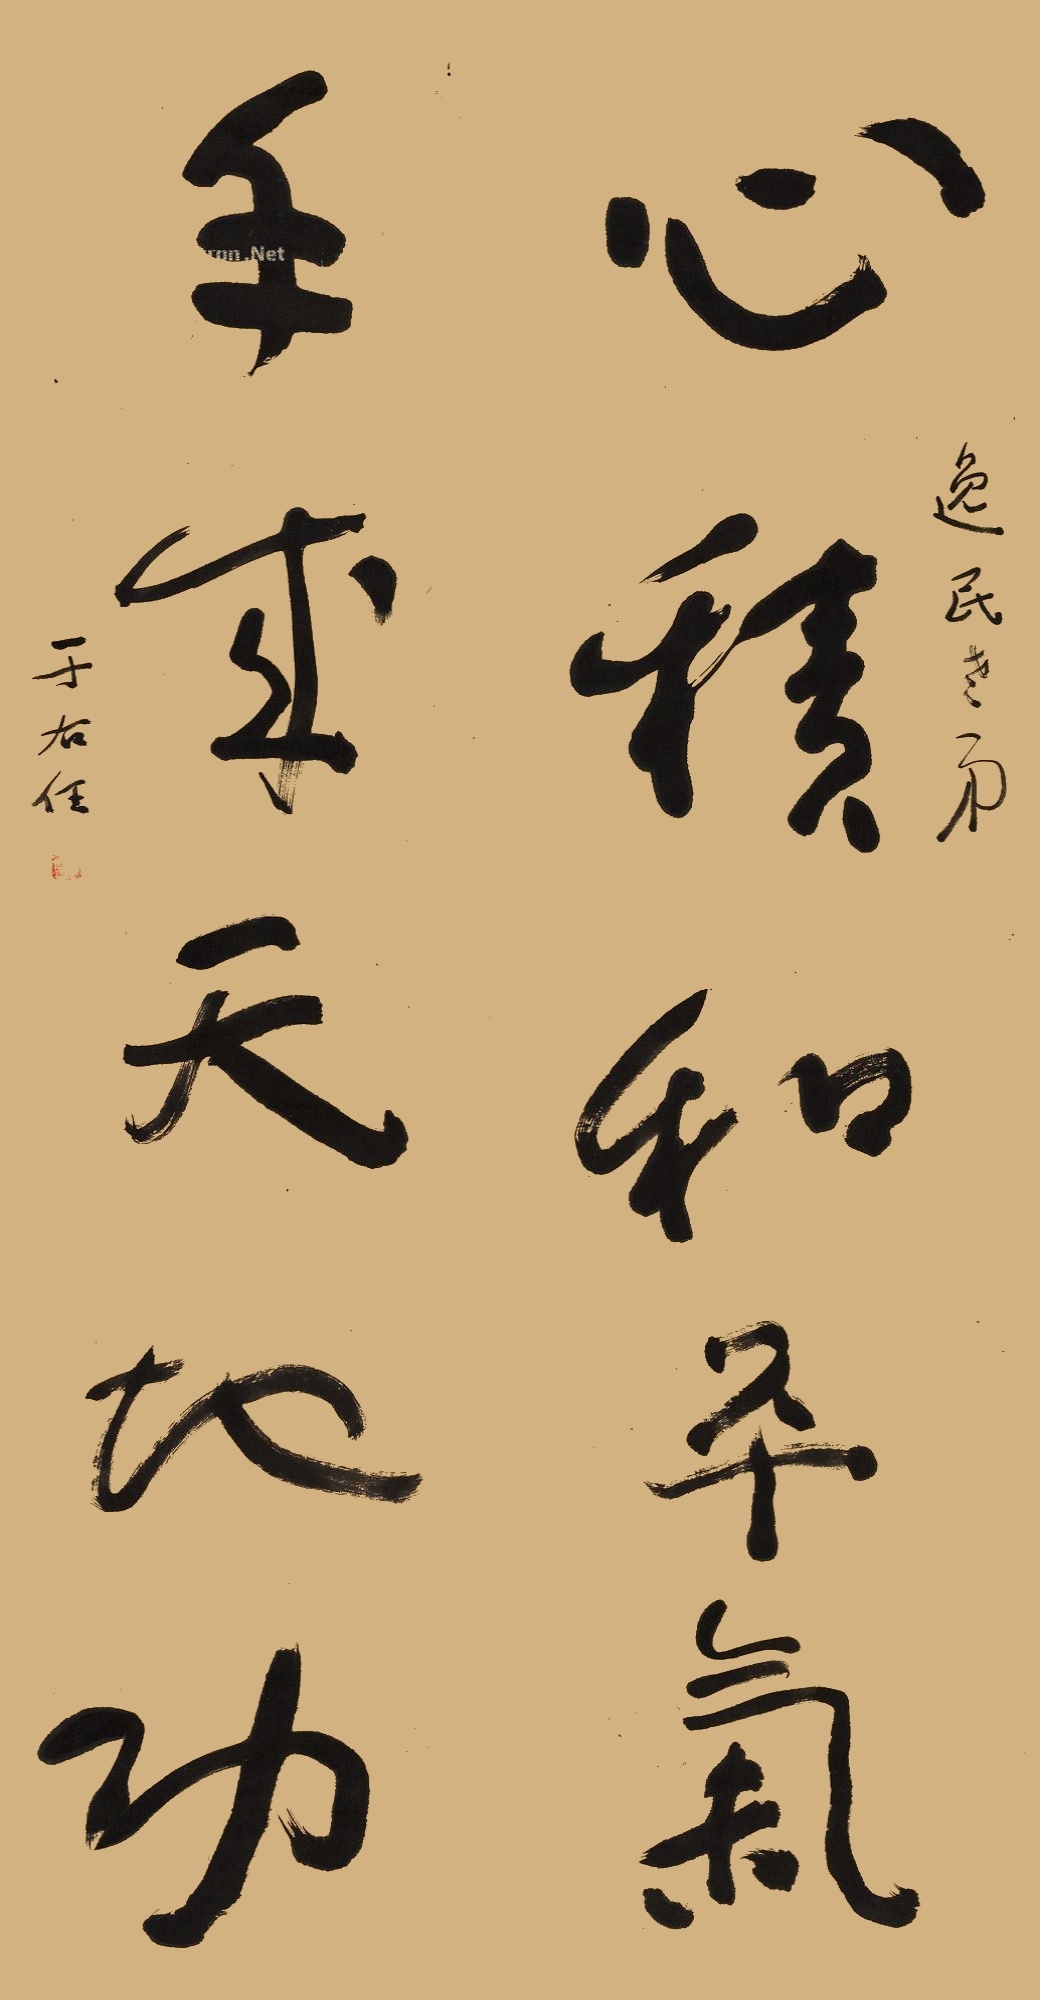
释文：心积和平气，手成天地功。逸民老弟，于右任。